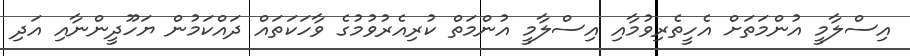
އިސްލާމީ އުންމަތަށް އެހީތެރިވުމާއި އިސްލާމީ އުންމަތް ކުރިއެރުވުމުގެ ވާހަކަތައް ދައްކަމުން ޔަހޫދީންނާއި އަދި